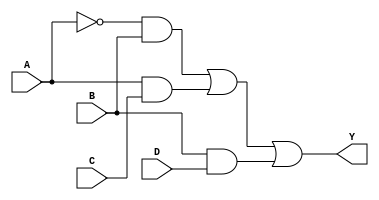
module sop_simplified (
    input wire A,  // Input A
    input wire B,  // Input B
    input wire C,  // Input C
    input wire D,  // Input D
    output wire Y  // Output Y
);

// Simplified SOP expression: Y = A'B + AC + BD
// This is just an example; the actual expression should be derived from the truth table.

wire A_not;      // NOT A
wire B_and;      // A'B
wire AC;         // AC
wire BD;         // BD

// NOT gate for A
not (A_not, A);

// AND gates for product terms
and (B_and, A_not, B);  // A'B
and (AC, A, C);         // AC
and (BD, B, D);         // BD

// OR gate for final output
or (Y, B_and, AC, BD);  // Y = A'B + AC + BD

endmodule